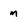
Character: m